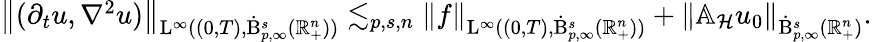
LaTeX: \begin{array}{r}{\left\lVert(\partial_{t}u,\nabla^{2}u)\right\rVert_{\mathrm{L}^{\infty}((0,T),\dot{\mathrm{B}}_{p,\infty}^{s}(\mathbb{R}_{+}^{n}))}\lesssim_{p,s,n}\left\lVert f\right\rVert_{\mathrm{L}^{\infty}((0,T),\dot{\mathrm{B}}_{p,\infty}^{s}(\mathbb{R}_{+}^{n}))}+\left\lVert\mathbb{A}_{\mathcal{H}}u_{0}\right\rVert_{\dot{\mathrm{B}}_{p,\infty}^{s}(\mathbb{R}_{+}^{n})}.}\end{array}